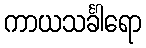
ကာယသင်္ခါရော